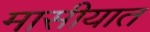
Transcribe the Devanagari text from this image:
मासीयात